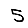
Digit: 5